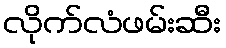
လိုက်လံဖမ်းဆီး